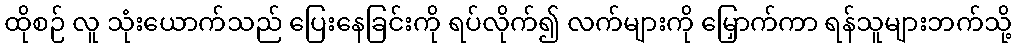
ထိုစဉ် လူ သုံးယောက်သည် ပြေးနေခြင်းကို ရပ်လိုက်၍ လက်များကို မြှောက်ကာ ရန်သူများဘက်သို့